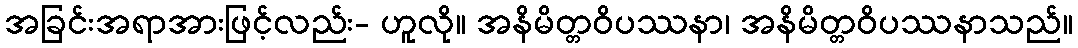
အခြင်းအရာအားဖြင့်လည်း- ဟူလို။ အနိမိတ္တဝိပဿနာ၊ အနိမိတ္တဝိပဿနာသည်။